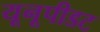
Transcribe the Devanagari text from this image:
यूनूपीडट